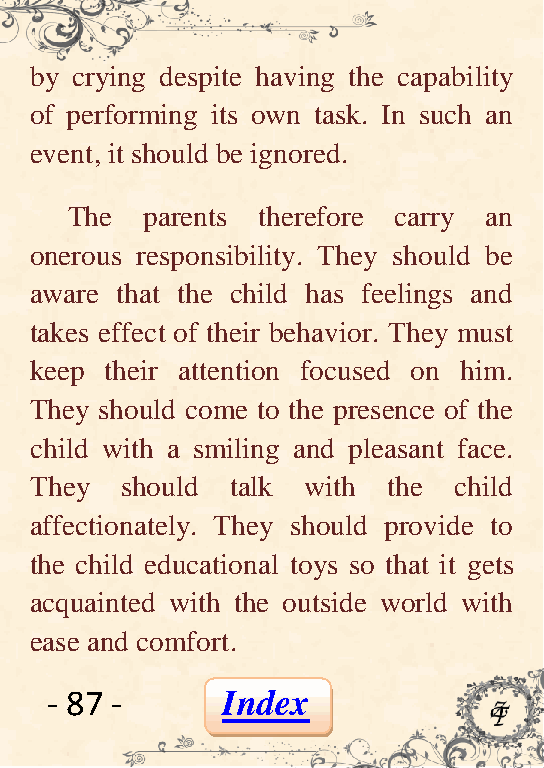
by crying despite having the capability
 of performing its own task. In such an
 event, it should be ignored.
 The   parents therefore carry an
 onerous responsibility. They should be
 aware that the child has feelings and
 takes effect of their behavior. They must
 keep their attention focused on him.
 They should come to the presence of the
 child with a smiling and pleasant face.
 They  should talk with  the child
 affectionately. They should provide to
 the child educational toys so that it gets
 acquainted with the outside world with
 ease and comfort.
 - 87 -      Index